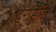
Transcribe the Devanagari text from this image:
दूरमिति